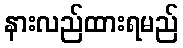
နားလည်ထားရမည်